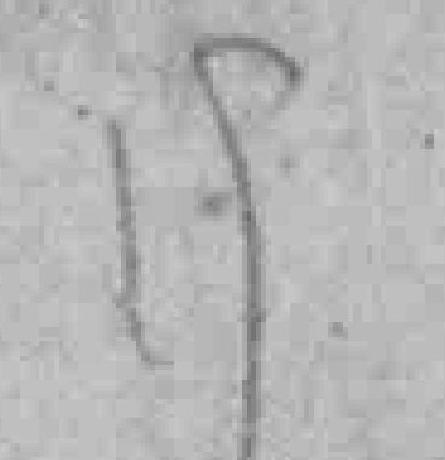
19